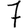
Digit: 7